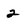
Character: 2